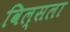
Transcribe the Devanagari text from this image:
विल्सला